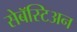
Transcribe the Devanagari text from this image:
सेबॅस्टिअन